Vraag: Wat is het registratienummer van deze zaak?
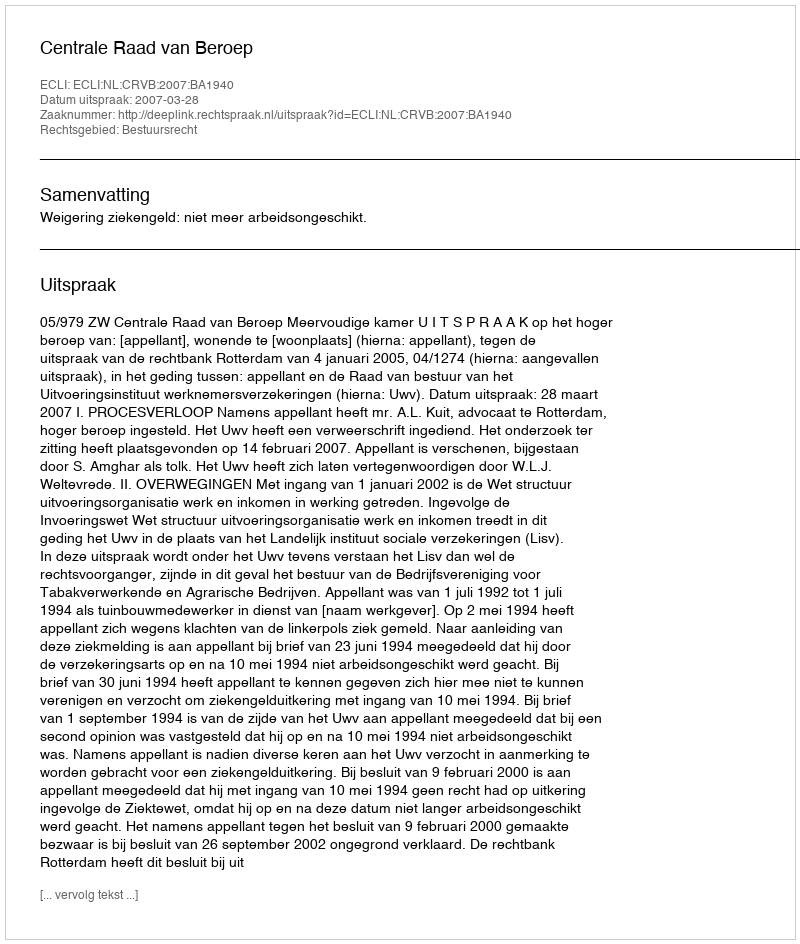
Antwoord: http://deeplink.rechtspraak.nl/uitspraak?id=ECLI:NL:CRVB:2007:BA1940